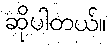
ဆိုပါတယ်။